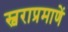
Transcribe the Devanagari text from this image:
स्वराप्रमाणें